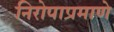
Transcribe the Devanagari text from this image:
निरोपाप्रमाणे